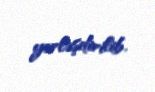
yerləşdirilib.